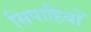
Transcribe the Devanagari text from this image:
सिपाहियोँ